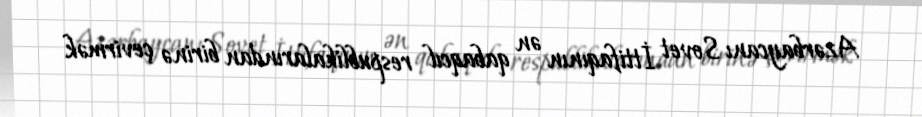
Azərbaycanı Sovet İttifaqının ən qabaqcıl respublikalarından birinə çevirmək